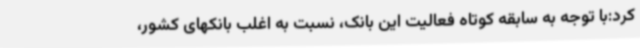
کرد:با توجه به سابقه کوتاه فعالیت این بانک، نسبت به اغلب بانکهای کشور،